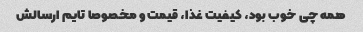
همه چی خوب بود، کیفیت غذا، قیمت و مخصوصا تایم ارسالش